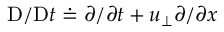
\mathrm { D } / \mathrm { D } t \doteq \partial / \partial t + u _ { \perp } \partial / \partial x